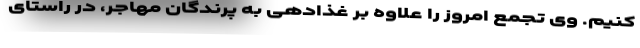
‌کنیم. وی تجمع امروز را علاوه بر غذادهی به پرندگان مهاجر، در راستای